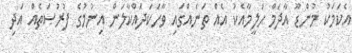
އެކަމަކު މުންޑޫ އާދަމް ޙަލީމާއެކު އެއް ތަނެއްގައި ވާހަކަދައްކާލަން އިނުމުގެ ފުރުޞަތެއް އަދި